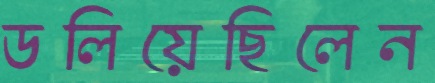
ডলিয়েছিলেন